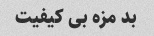
بد مزه بی کیفیت